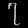
Digit: ၇